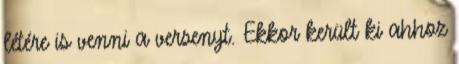
létére is venni a versenyt. Ekkor került ki ahhoz